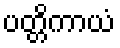
ပတ္တိကာယံ